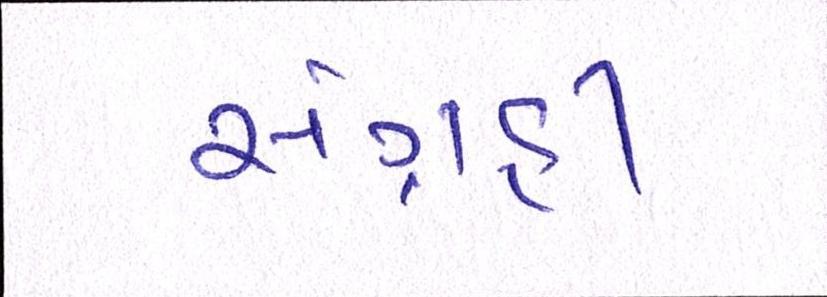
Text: સંગ્રહી